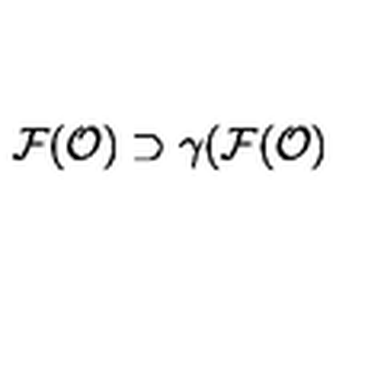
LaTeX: { \cal F } ( { \cal O } ) \supset \gamma ( { \cal F } ( { \cal O } )